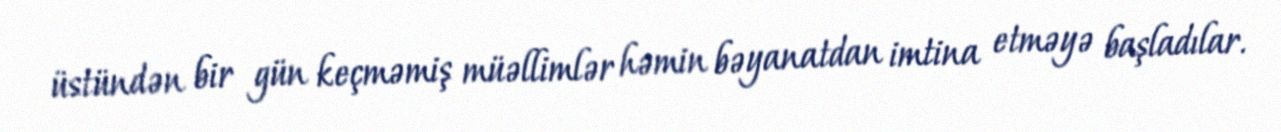
üstündən bir gün keçməmiş müəllimlər həmin bəyanatdan imtina etməyə başladılar.